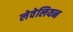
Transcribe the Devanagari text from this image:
लेवेलियन